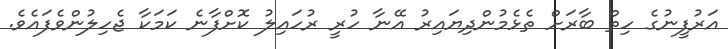
އަރުފީނުގެ ހިތް ބާރަށް ތެޅެމުންދިޔައިރު އޭނާ ހުރީ ރުހައިލު ކޮށްފާނެ ކަމަކާ ޖެހިލުންވެފައެވެ.